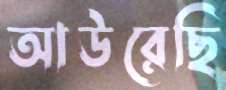
আউরেছি